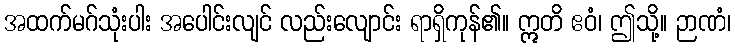
အထက်မဂ်သုံးပါး အပေါင်းလျင် လည်းလျောင်း ရာရှိကုန်၏။ ဣတိ ဧဝံ၊ ဤသို့။ ဉာဏံ၊